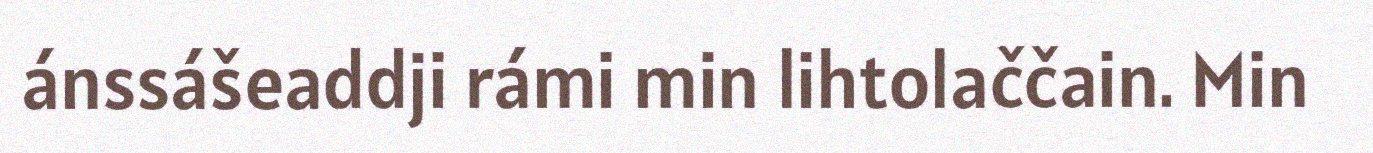
ánssášeaddji rámi min lihtolaččain. Min